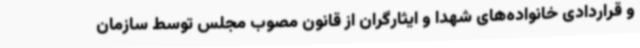
و قراردادی خانواده‌های شهدا و ایثارگران از قانون مصوب مجلس توسط سازمان